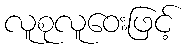
လူစုလူဝေးဖြင့်